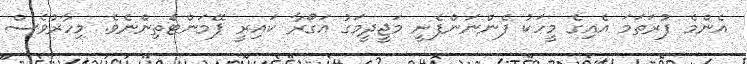
އެންމެ ފުރަތަމަ އެއިގެ މީހަކު ފެންނަންފެށީ މަޖީދީމަގު އަގޯރާ ކައިރީ ޕޭމަންޓްަތިންނެވެ. މިހާރުވެސް